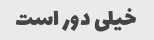
خیلی دور است